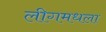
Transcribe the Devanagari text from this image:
लीगमधला